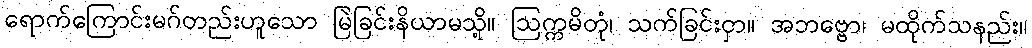
ရောက်ကြောင်းမဂ်တည်းဟူသော မြဲခြင်းနိယာမသို့။ ဩက္ကမိတုံ၊ သက်ခြင်းငှာ။ အဘဗ္ဗော၊ မထိုက်သနည်း။